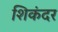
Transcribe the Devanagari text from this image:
शिकंदर